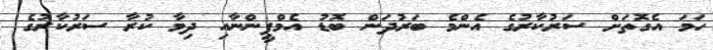
ހަމަ އެގޮތަށް ސަރުކާރުގެ އެންމެ ބަރުދަން ބޮޑު އެމްޕީންނާއި ދިމާ ކުރާ ސަރުކާރުގެ